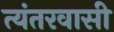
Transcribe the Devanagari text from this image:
त्यंतरवासी